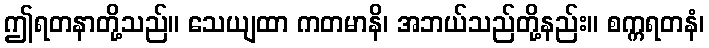
ဤရတနာတို့သည်။ သေယျထာ ကတမာနိ၊ အဘယ်သည်တို့နည်း။ စက္ကရတနံ၊